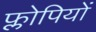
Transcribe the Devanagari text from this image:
फ्लोपियों